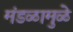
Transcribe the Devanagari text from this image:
मंडळामुळे